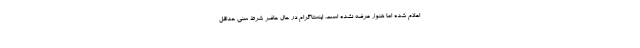
اعلام شده اما هنوز عرضه نشده است. اینستاگرام در حال حاضر شرط سنی حداقل